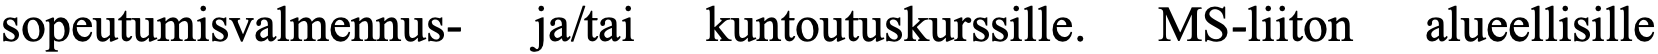
sopeutumisvalmennus- ja/tai kuntoutuskurssille. MS-liiton alueellisille